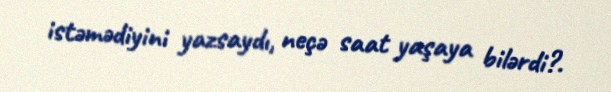
istəmədiyini yazsaydı, neçə saat yaşaya bilərdi?.